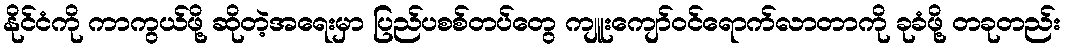
နိုင်ငံကို ကာကွယ်ဖို့ ဆိုတဲ့အရေးမှာ ပြည်ပစစ်တပ်တွေ ကျူးကျော်ဝင်ရောက်လာတာကို ခုခံဖို့ တခုတည်း